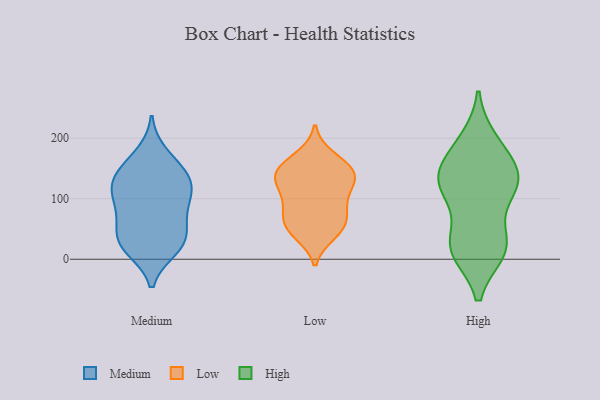
{"axis": {"x": "Energy Usage (MWh)", "y": "Value"}, "legend": ["High", "Low", "Medium"], "data": [{"x": "", "y": 141, "type": "Medium"}, {"x": "", "y": 36, "type": "Medium"}, {"x": "", "y": 31, "type": "Medium"}, {"x": "", "y": 76, "type": "Medium"}, {"x": "", "y": 110, "type": "Medium"}, {"x": "", "y": 141, "type": "Medium"}, {"x": "", "y": 81, "type": "Medium"}, {"x": "", "y": 117, "type": "Medium"}, {"x": "", "y": 18, "type": "Medium"}, {"x": "", "y": 152, "type": "Medium"}, {"x": "", "y": 174, "type": "Medium"}, {"x": "", "y": 17, "type": "Medium"}, {"x": "", "y": 62, "type": "Medium"}, {"x": "", "y": 110, "type": "Medium"}, {"x": "", "y": 119, "type": "Medium"}, {"x": "", "y": 31, "type": "Medium"}, {"x": "", "y": 124, "type": "Low"}, {"x": "", "y": 54, "type": "Low"}, {"x": "", "y": 102, "type": "Low"}, {"x": "", "y": 139, "type": "Low"}, {"x": "", "y": 83, "type": "Low"}, {"x": "", "y": 136, "type": "Low"}, {"x": "", "y": 137, "type": "Low"}, {"x": "", "y": 56, "type": "Low"}, {"x": "", "y": 43, "type": "Low"}, {"x": "", "y": 145, "type": "Low"}, {"x": "", "y": 155, "type": "Low"}, {"x": "", "y": 168, "type": "Low"}, {"x": "", "y": 91, "type": "Low"}, {"x": "", "y": 56, "type": "Low"}, {"x": "", "y": 195, "type": "High"}, {"x": "", "y": 146, "type": "High"}, {"x": "", "y": 17, "type": "High"}, {"x": "", "y": 28, "type": "High"}, {"x": "", "y": 27, "type": "High"}, {"x": "", "y": 121, "type": "High"}, {"x": "", "y": 123, "type": "High"}, {"x": "", "y": 123, "type": "High"}, {"x": "", "y": 18, "type": "High"}, {"x": "", "y": 114, "type": "High"}, {"x": "", "y": 158, "type": "High"}, {"x": "", "y": 126, "type": "High"}, {"x": "", "y": 14, "type": "High"}, {"x": "", "y": 187, "type": "High"}]}